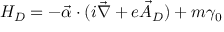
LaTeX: H _ { D } = - \vec { \alpha } \cdot ( i \vec { \nabla } + e \vec { A } _ { D } ) + m \gamma _ { 0 }